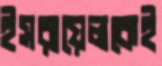
ইসরায়েলকেই